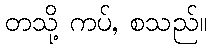
တသို့ ကပ်, စသည်။